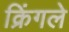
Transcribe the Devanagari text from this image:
क्रिंगले